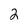
Character: 2